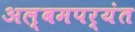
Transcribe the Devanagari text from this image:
अल्बमपर्यंत